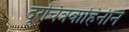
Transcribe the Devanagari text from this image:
दूरचित्रवाहिनीने